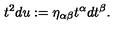
t ^ { 2 } d u : = \eta _ { \alpha \beta } t ^ { \alpha } d t ^ { \beta } .